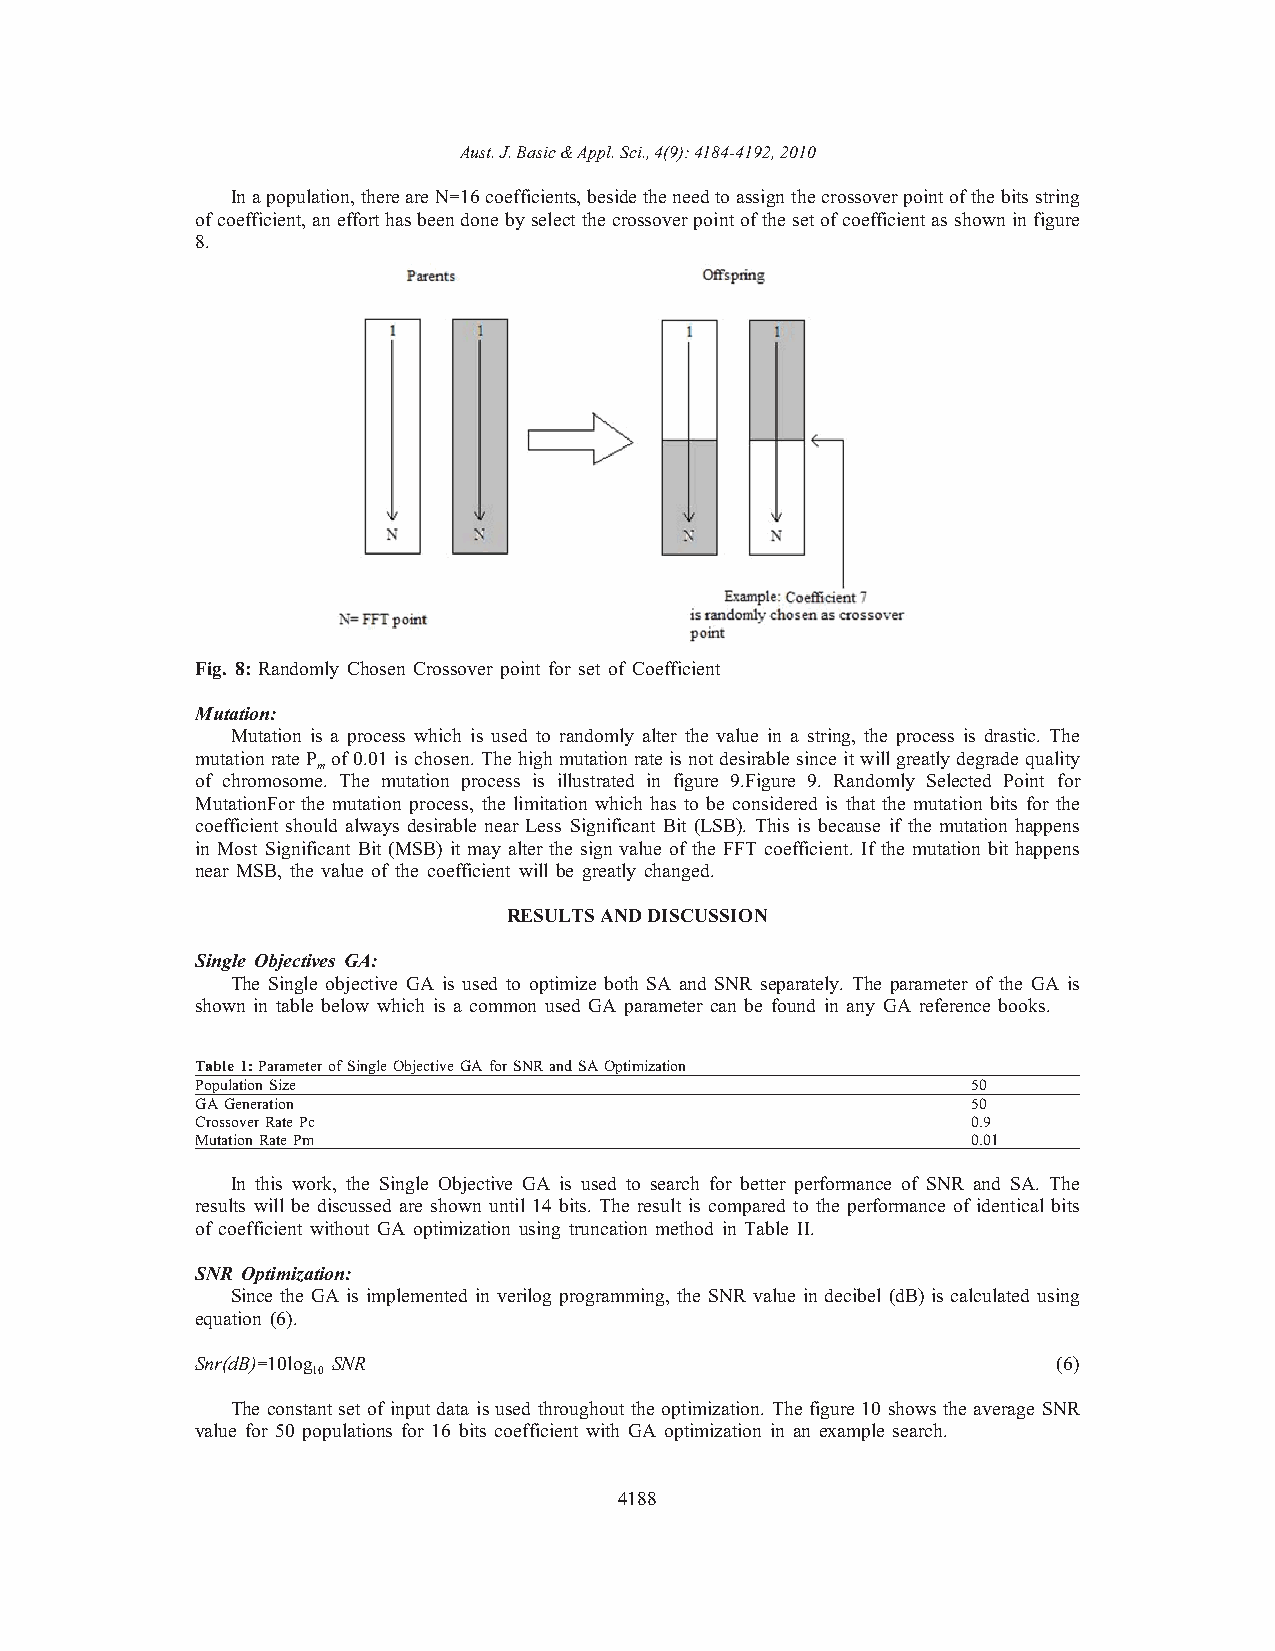
Aust. J. Basic & Appl. Sci., 4(9): 4184-4192, 2010
 In a population, there are N=16 coefficients, beside the need to assign the crossover point of the bits string
 of coefficient, an effort has been done by select the crossover point of the set of coefficient as shown in figure
 8.
 Fig. 8: Randomly Chosen Crossover point for set of Coefficient
 Mutation:
 Mutation is a process which is used to randomly alter the value in a string, the process is drastic. The
 mutation rate P of 0.01 is chosen. The high mutation rate is not desirable since it will greatly degrade quality
 m
 of chromosome. The mutation process is illustrated in figure 9.Figure 9. Randomly Selected Point for
 MutationFor the mutation process, the limitation which has to be considered is that the mutation bits for the
 coefficient should always desirable near Less Significant Bit (LSB). This is because if the mutation happens
 in Most Significant Bit (MSB) it may alter the sign value of the FFT coefficient. If the mutation bit happens
 near MSB, the value of the coefficient will be greatly changed.
 RESULTS AND DISCUSSION
 Single Objectives GA:
 The Single objective GA is used to optimize both SA and SNR separately. The parameter of the GA is
 shown in table below which is a common used GA parameter can be found in any GA reference books.
 Table 1: Parameter of Single Objective GA for SNR and SA Optimization
 Population Size                                    50
 GA Generation                                      50
 Crossover Rate Pc                                  0.9
 Mutation Rate Pm                                   0.01
 In this work, the Single Objective GA is used to search for better performance of SNR and SA. The
 results will be discussed are shown until 14 bits. The result is compared to the performance of identical bits
 of coefficient without GA optimization using truncation method in Table II.
 SNR Optimization:
 Since the GA is implemented in verilog programming, the SNR value in decibel (dB) is calculated using
 equation (6).
 Snr(dB)=10log SNR                                        (6)
 10
 The constant set of input data is used throughout the optimization. The figure 10 shows the average SNR
 value for 50 populations for 16 bits coefficient with GA optimization in an example search.
 4188